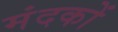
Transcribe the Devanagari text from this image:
मंदकों